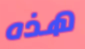
هذه